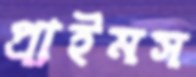
প্রাইমস